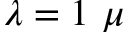
\lambda = 1 ~ \mu